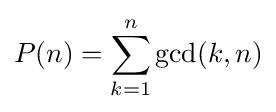
P(n)=\sum _{k=1}^{n}\gcd(k,n)